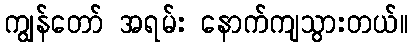
ကျွန်တော် အရမ်း နောက်ကျသွားတယ်။